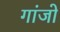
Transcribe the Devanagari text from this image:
गांजो